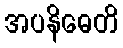
အပနိဓေတိ